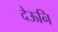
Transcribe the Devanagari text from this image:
देऊनि